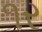
૧ર